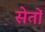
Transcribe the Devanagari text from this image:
सेतों